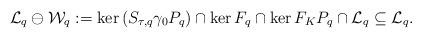
LaTeX: \begin{align*}\mathcal{L}_q\ominus \mathcal{W}_q:=\ker \left(S_{\tau,q}\gamma_0 P_q\right) \cap \ker F_q\cap \ker F_KP_q\cap \mathcal{L}_q\subseteq \mathcal{L}_q.\end{align*}